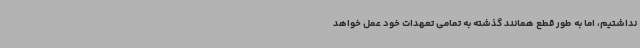
نداشتیم، اما به طور قطع همانند گذشته به تمامی تعهدات خود عمل خواهد